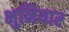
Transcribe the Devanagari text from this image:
भुनियार